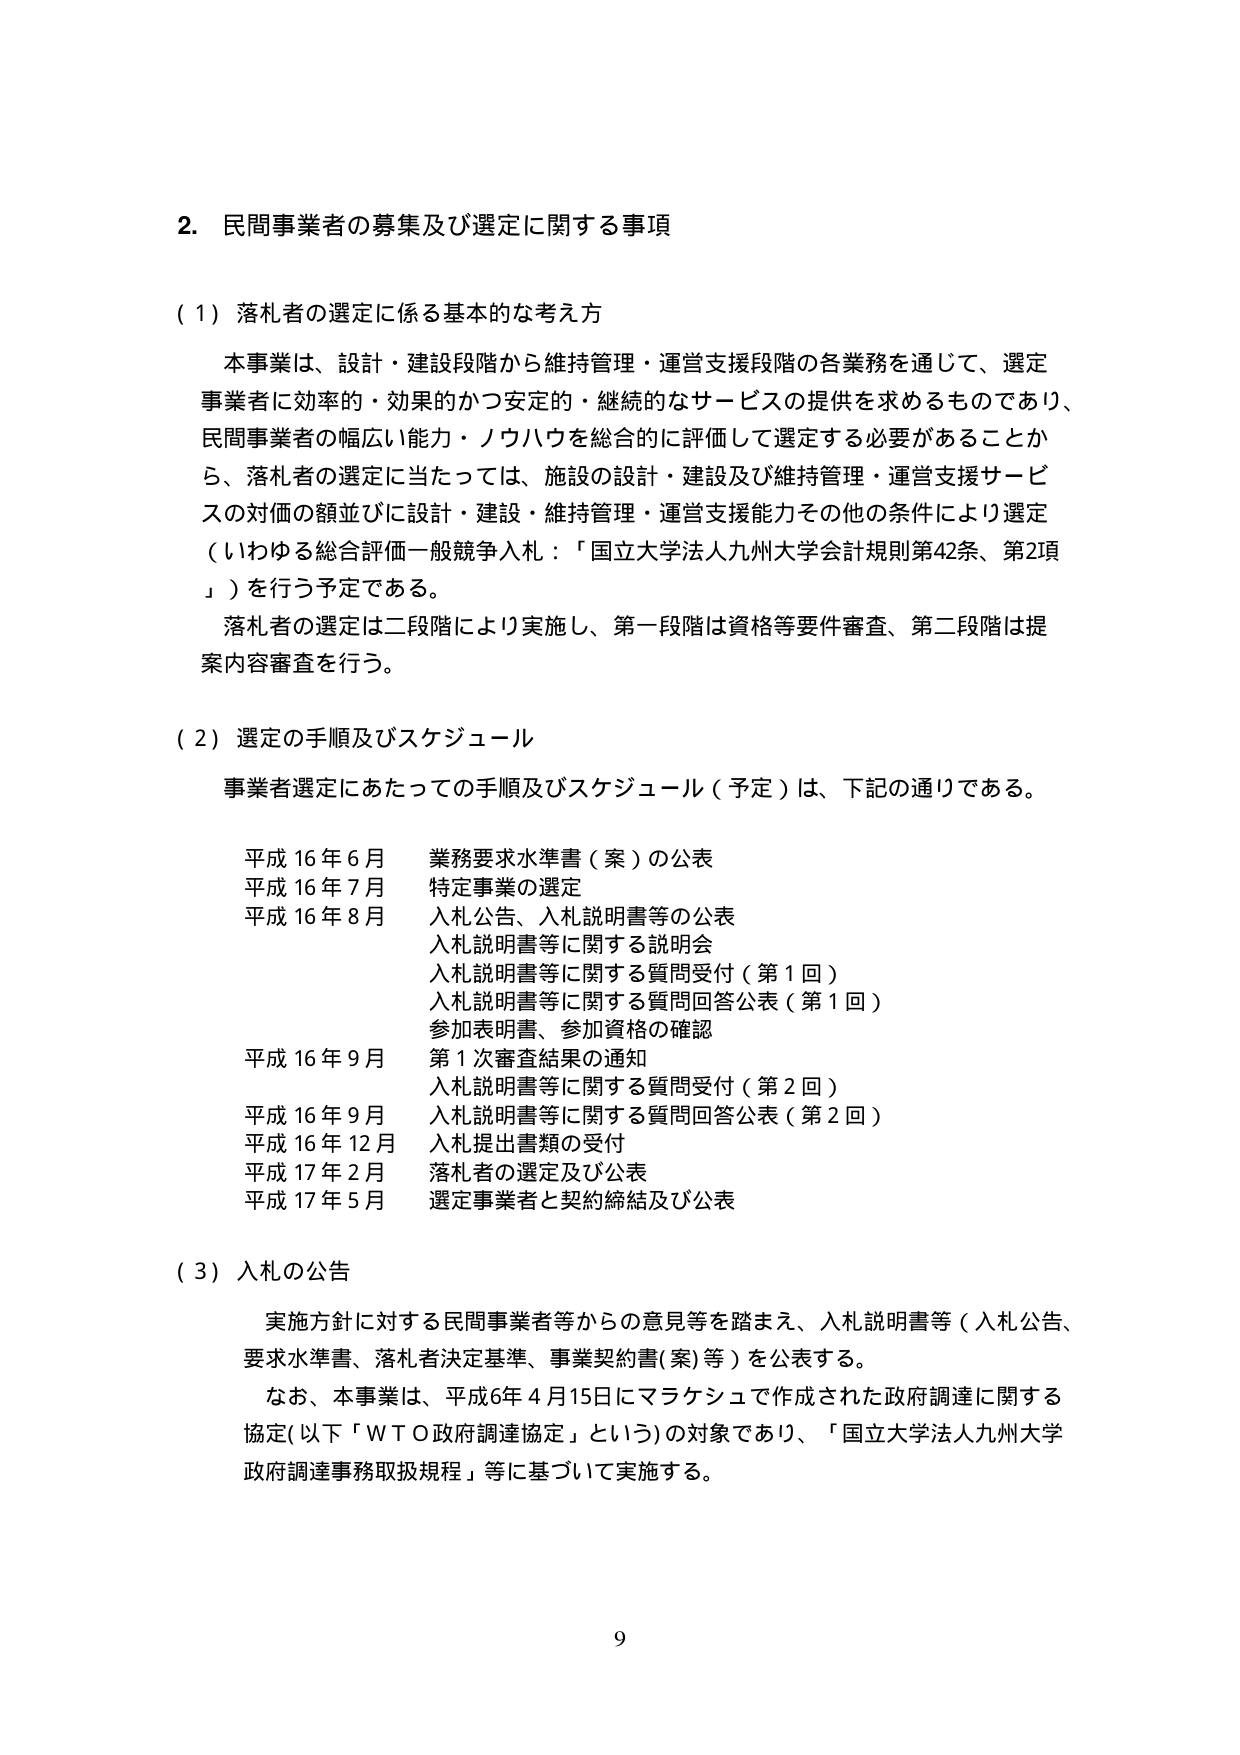
2. 民間事業者の募集及び選定に関する事項

（1）落札者の選定に係る基本的な考え方

本事業は、設計・建設段階から維持管理・運営支援段階の各業務を通じて、選定事業者に効率的・効果的かつ安定的・継続的なサービスの提供を求めるものであり、民間事業者の幅広い能力・ノウハウを総合的に評価して選定する必要があることから、落札者の選定に当たっては、施設の設計・建設及び維持管理・運営支援サービスの対価の額並びに設計・建設・維持管理・運営支援能力その他の条件により選定（いわゆる総合評価一般競争入札：「国立大学法人九州大学会計規則第42条、第2項」）を行う予定である。

落札者の選定は二段階により実施し、第一段階は資格等要件審査、第二段階は提案内容審査を行う。

（2）選定の手順及びスケジュール

事業者選定にあたっての手順及びスケジュール（予定）は、下記の通りである。

平成16年6月 業務要求水準書（案）の公表
平成16年7月 特定事業の選定
平成16年8月 入札公告、入札説明書等の公表
　　　　　　　入札説明書等に関する説明会
　　　　　　　入札説明書等に関する質問受付（第1回）
　　　　　　　入札説明書等に関する質問回答公表（第1回）
　　　　　　　参加表明書、参加資格の確認
平成16年9月 第1次審査結果の通知
　　　　　　　入札説明書等に関する質問受付（第2回）
平成16年9月 入札説明書等に関する質問回答公表（第2回）
平成16年12月 入札提出書類の受付
平成17年2月 落札者の選定及び公表
平成17年5月 選定事業者と契約締結及び公表

（3）入札の公告

実施方針に対する民間事業者等からの意見等を踏まえ、入札説明書等（入札公告、要求水準書、落札者決定基準、事業契約書（案）等）を公表する。

なお、本事業は、平成6年4月15日にマラケシュで作成された政府調達に関する協定（以下「WTO政府調達協定」という）の対象であり、「国立大学法人九州大学政府調達事務取扱規程」等に基づいて実施する。

9